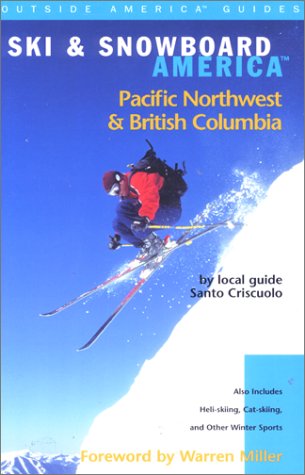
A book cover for Ski & Snowboard America Pacific Northwest and British Columbia (Ski and Snowboard America Series); Santo Criscuolo; Sports & Outdoors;